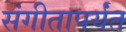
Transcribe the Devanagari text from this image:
संगीतापर्यंत